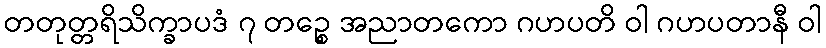
တတုတ္တရိသိက္ခာပဒံ ၇ တဉ္စေ အညာတကော ဂဟပတိ ဝါ ဂဟပတာနီ ဝါ